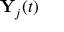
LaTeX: \mathbf { Y } _ { j } ( t )